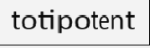
totipotent